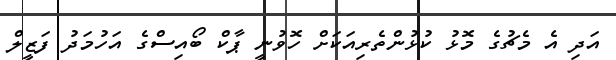
އަދި އެ މެޗުގެ މޮޅު ކުޅުންތެރިއަކަށް ހޮވުނީ ޕާކް ބޯއިސްގެ އަހުމަދު ފަޒީލް